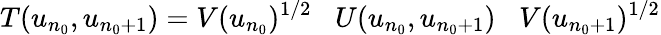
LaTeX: T(u_{n_{0}},u_{n_{0}+1})=V(u_{n_{0}})^{1/2}\; \; \; U(u_{n_{0}},u_{n_{0}+1})\; \; \; V(u_{n_{0}+1})^{1/2}